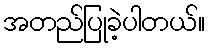
အတည်ပြုခဲ့ပါတယ်။